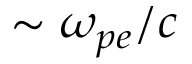
\sim \omega _ { p e } / c